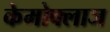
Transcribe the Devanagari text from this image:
केमोफ्लाज